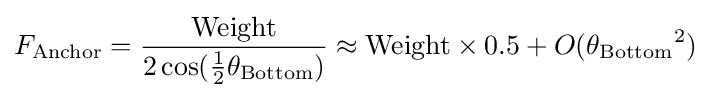
F_{\mathrm {Anchor} }={\frac {\mathrm {Weight} }{2\cos({\frac {1}{2}}{\theta _{\mathrm {Bottom} }})}}\approx \mathrm {Weight} \times 0.5+O({\theta _{\mathrm {Bottom} }}^{2})